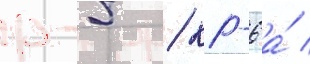
р-5 / кр-6а́ /